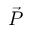
\vec { P }